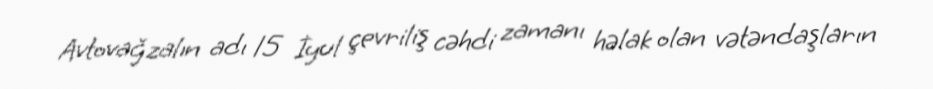
Avtovağzalın adı 15 İyul çevriliş cəhdi zamanı həlak olan vətəndaşların